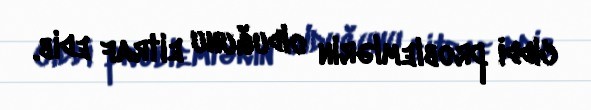
ciddi problemlərin olduğunu eitraf edib.